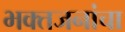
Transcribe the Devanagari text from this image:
भक्तजनांचा